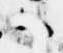
ハ